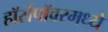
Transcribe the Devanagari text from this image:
हॉर्सपॉवरमध्ये